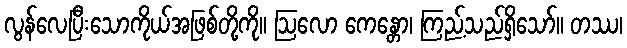
လွန်လေပြီးသောကိုယ်အဖြစ်တို့ကို။ ဩလော ကေန္တော၊ ကြည့်သည်ရှိသော်။ တဿ၊